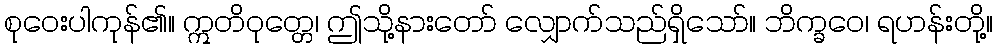
စုဝေးပါကုန်၏။ ဣတိဝုတ္တေ၊ ဤသို့နားတော် လျှောက်သည်ရှိသော်။ ဘိက္ခဝေ၊ ရဟန်းတို့။